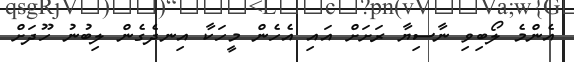
އެންމެ ލޯބިވި ނާސިޔާ ރަށަށް އައި އެހެން މީހަކާ އިނދެގެން ލިބުނު ހޫދަށް